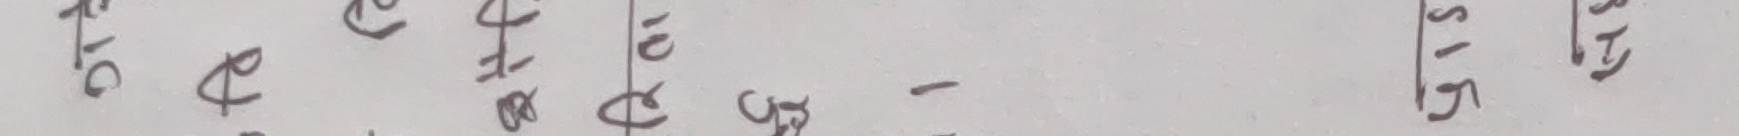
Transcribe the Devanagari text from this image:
ओर प ४००- १/५